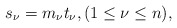
\begin{align*}s_\nu = m_\nu t_\nu,(1\leq \nu\leq n),\end{align*}